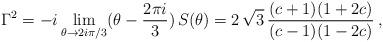
LaTeX: \begin{align*}\Gamma^2 = -i \lim_{\theta\rightarrow 2 i \pi/3}(\theta - \frac{2 \pi i}{3})\,S(\theta) = 2 \,\sqrt{3}\, \frac{(c+1)(1+2c)}{(c-1)(1-2c)}\:,\end{align*}